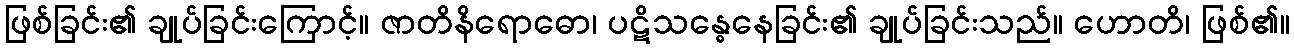
ဖြစ်ခြင်း၏ ချုပ်ခြင်းကြောင့်။ ဇာတိနိရောဓော၊ ပဋိသန္ဓေနေခြင်း၏ ချုပ်ခြင်းသည်။ ဟောတိ၊ ဖြစ်၏။